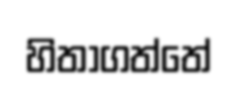
හිතාගත්තේ